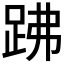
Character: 𧿳